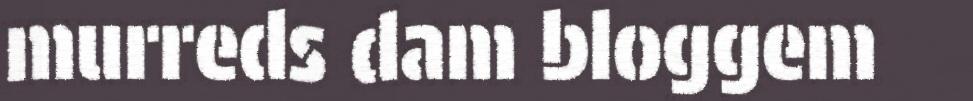
murreds dam bloggem